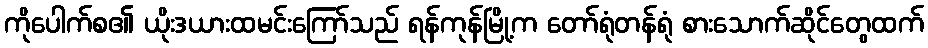
ကိုပေါက်စ၏ ယိုးဒယားထမင်းကြော်သည် ရန်ကုန်မြို့က တော်ရုံတန်ရုံ စားသောက်ဆိုင်တွေထက်